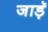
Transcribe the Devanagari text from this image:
जाड़ॅ